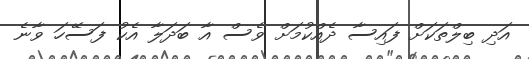
އަދި ބިލްތަކަށް ފައިސާ ދެއްކުމަށް ވެސް އާ ބަދަލާ އެކު ފަސޭހަ ވާނެ